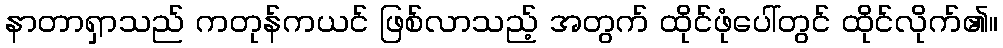
နာတာရှာသည် ကတုန်ကယင် ဖြစ်လာသည့် အတွက် ထိုင်ဖုံပေါ်တွင် ထိုင်လိုက်၏။